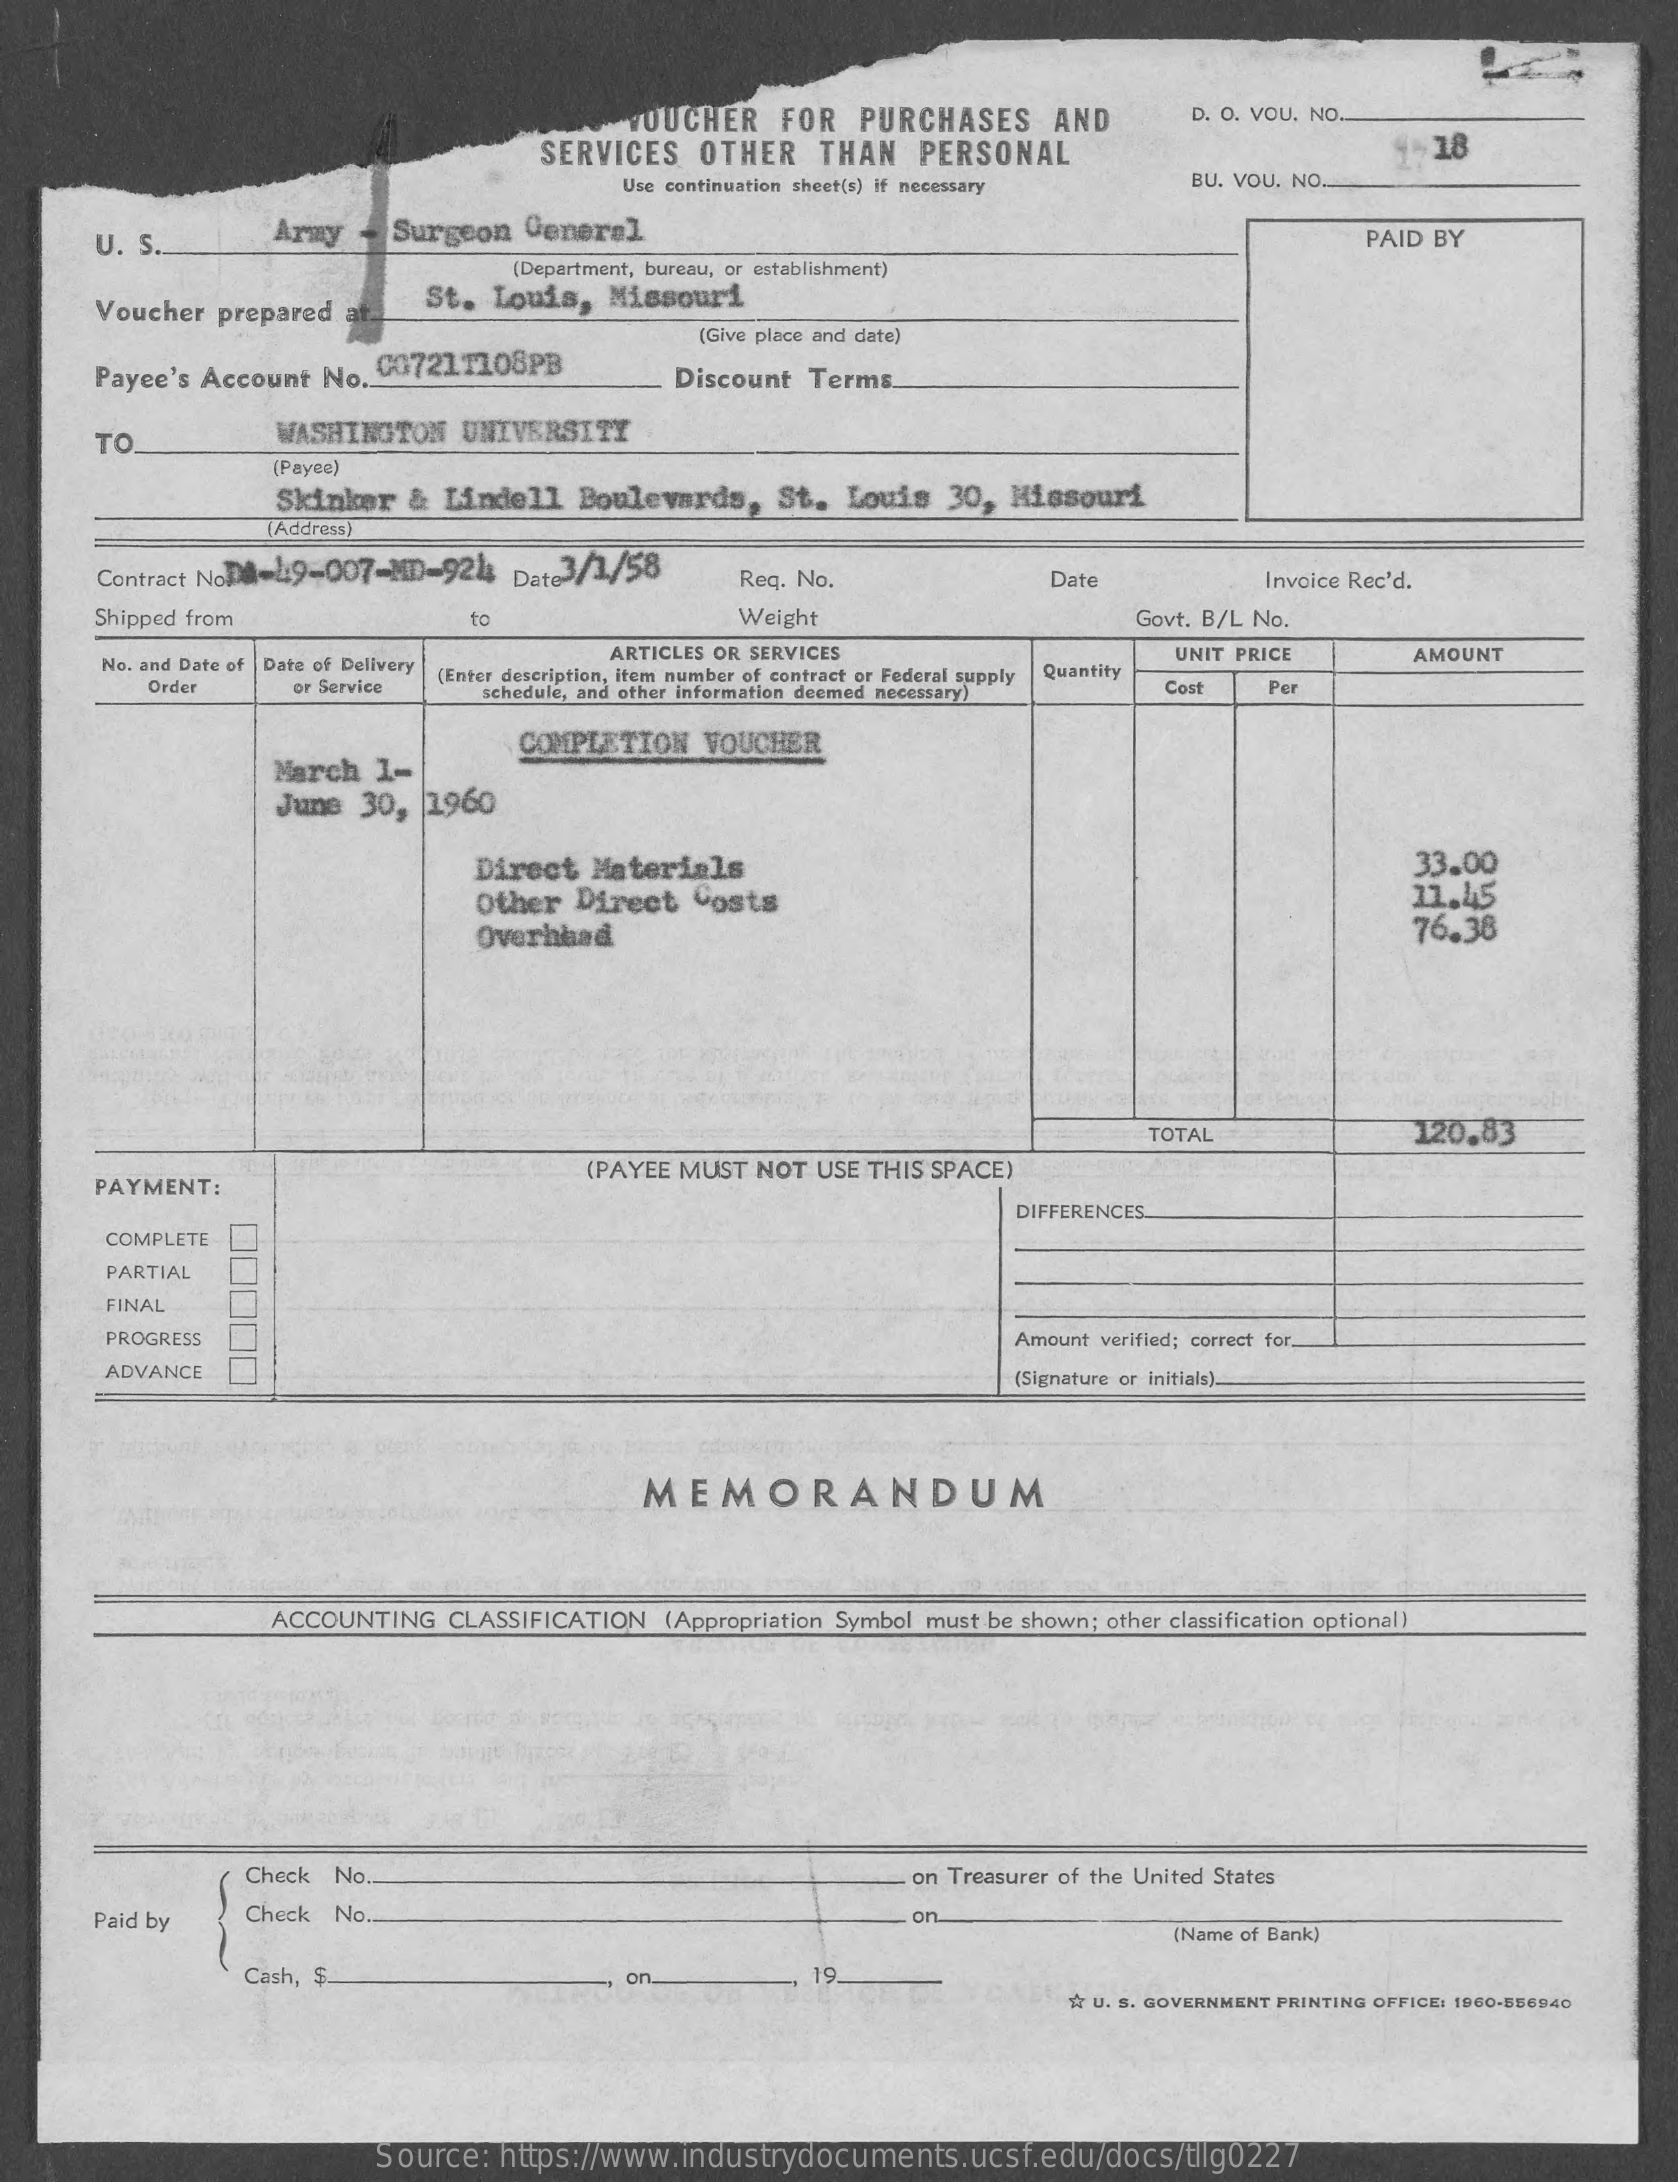
VOUCHER    FOR   PURCHASES    AND    D. O. VOU. NO.
     SERVICES   OTHER    THAN   PERSONAL    18
     Use continuation sheet(s) if necessary    BU. VOU. NO.
     U. S    Army   - Surgeon   General    PAID BY
     (Department, bureau, or establishment)
     Voucher  prepared at
     St. Louis,   Missouri
     (Give place and date)
     Payee's Account  No. 007211108PB    Discount  Terms.
     TO    WASHINGTON   UNIVERSITY
     (Payee)
     Skinker  &  Lindell   Boulevards,   St.  Louis   30, Missouri
     [Address)
     Contract NoDil=4:9-007-MD-921  Dat:3/1/58    Req. No.    Date    Invoice Rec'd.
     Shipped from    to    Weight    Govt. B/L No.
     No. and Date of |Date of Delivery
     ARTICLES OR SERVICES    AMOUNT
     Order    or Service
     (Enter description, item number of contract or Federal supply Quantity
     UNIT PRICE
     schedule, and other information deemed necessary) Cost    Per
     March   1-
     COMPLETION    VOUCHER
     June  30,  1960
     Direct  Materials    33.00
     Other  Direct   Costs    11.45
     Overhead    76.38
     TOTAL    120.83
     PAYMENT:
     (PAYEE MUST  NOT USE THIS SPACE)
     DIFFERENCES
     COMPLETE
     PARTIAL
     FINAL
     PROGRESS    Amount verified; correct for,
     ADVANCE    (Signature or initials).
     MEMORANDUM
     ACCOUNTING   CLASSIFICATION  (Appropriation Symbol must be shown; other classification optional)
     Check No.    on Treasurer of the United States
     Paid by    Check No ..    on
     (Name of Bank)
     Cash, $    on    19
     $r U. S. GOVERNMENT PRINTING OFFICE: 1960-856940
     Source:   https://www.industrydocuments.ucsf.edu/docs/tllg0227